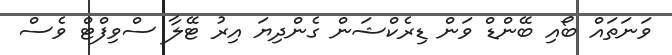
ވަނަތައް ބޯއި ބޭންޑް ވަން ޑިރެކްޝަން ގެންދިޔަ އިރު ޓޭލާ ސްވިފްޓް ވެސް